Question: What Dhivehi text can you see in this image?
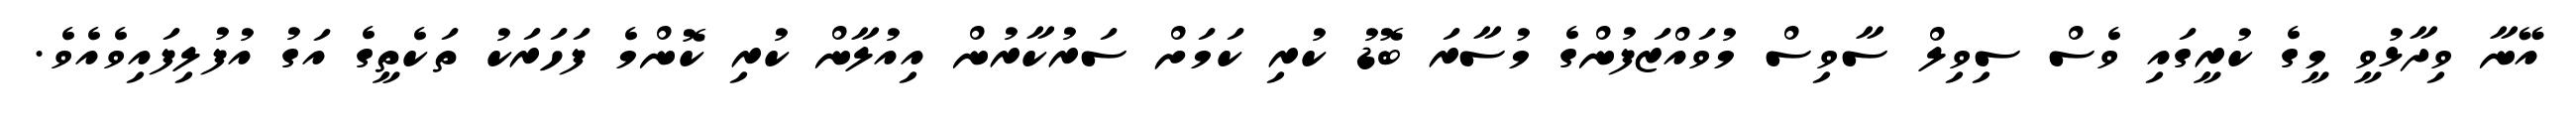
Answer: އޭނާ ވިދާޅުވީ މީގެ ކުރީގައި ވެސް ސިވިލް ސާވިސް މުވައްޒަފުންގެ މުސާރަ ބޮޑު ކުރި ކަމަށް ސަރުކާރުން އިއުލާން ކުރި ކޮންމެ ފަހަރަކު ތަކެތީގެ އަގު އުފުލިފައިވެއެވެ.